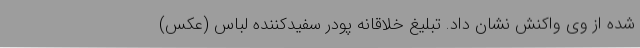
شده از وی واکنش نشان داد. تبلیغ خلاقانه پودر سفیدکننده لباس (عکس)